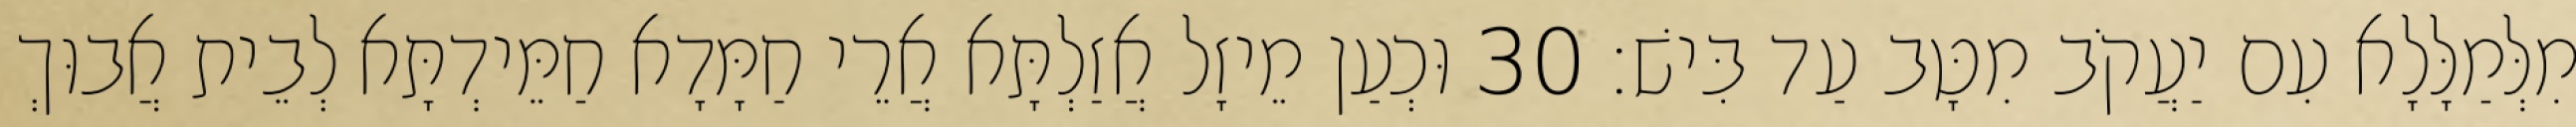
מִלְּמַלָּלָא עִם יַעֲקֹב מִטָּב עַד בִּישׁ׃ 30 וּכְעַן מֵיזָל אֲזַלְתָּא אֲרֵי חַמָּדָא חַמֵּידְתָּא לְבֵית אֲבוּךְ